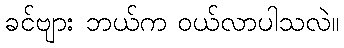
ခင်ဗျား ဘယ်က ဝယ်လာပါသလဲ။